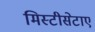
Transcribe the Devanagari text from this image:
मिस्टीसेटाए